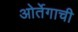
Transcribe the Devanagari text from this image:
ओर्तेगाची